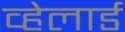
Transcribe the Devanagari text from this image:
व्हेलार्ड